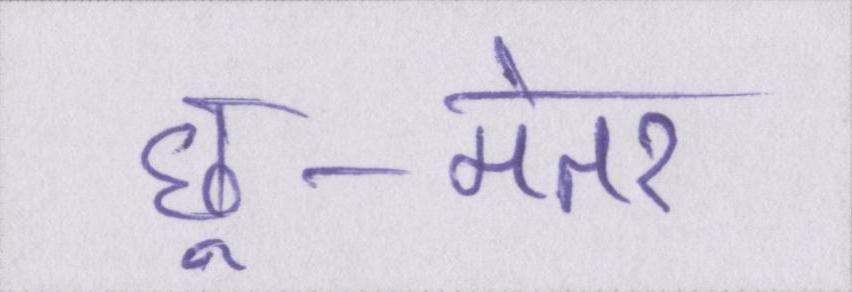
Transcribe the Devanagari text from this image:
छू-मंतर